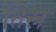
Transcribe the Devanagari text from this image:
तिस्र